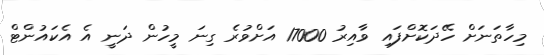
މިހާތަނަށް ހޭދަކޮށްފައި ވާއިރު 17000 އަށްވުރެ ގިނަ މީހުން ދަނީ އެ އެކައުންޓް